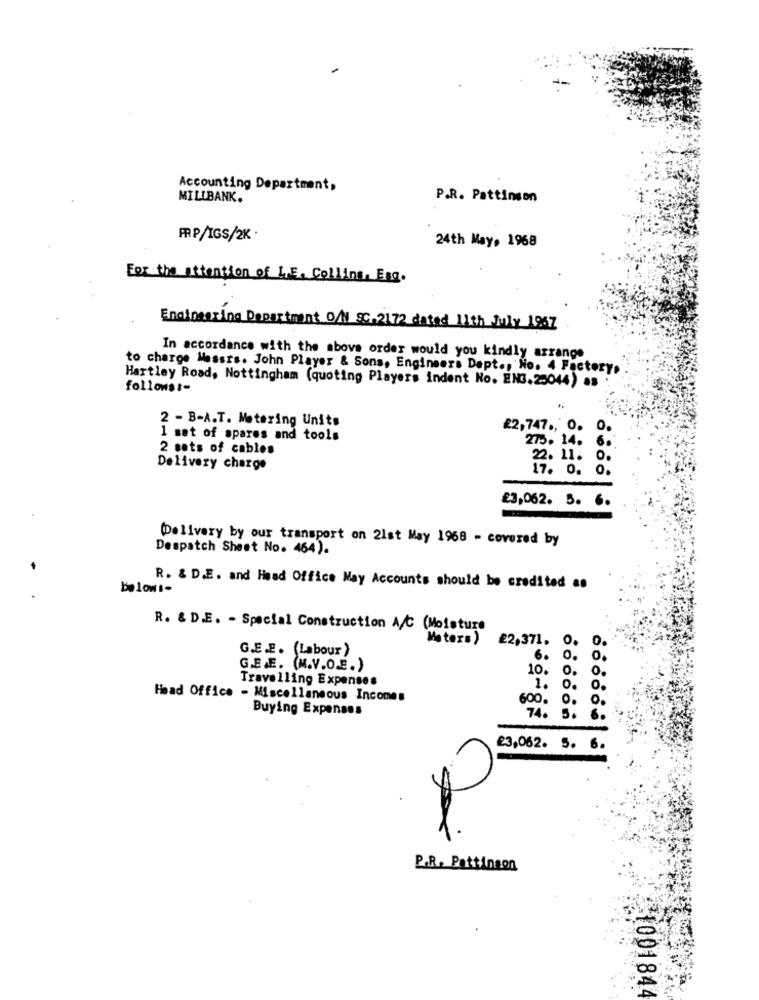
Accounting Department,
MILLBANK.
P.R. Pattinson
FRP/IGS/2K
24th May, 1968
For the attention of LE. Collins, Exg.
Engineering Department O/N Sc.2172 dated 11th July 1967
In accordance with the above order would you kindly arrange
to charge Messrs. John Player & Sons, Engineers Dept ., No. 4 Factory.
Hartley Road, Nottingham (quoting Players indent No. ENG.25044) 83
follows :-
2 - B-A.T. Metering Units
£2,747 ., 0. 0.
1 set of spares and tools
275. 14. 6.
2 sets of cables
22. 11. 0.
Delivery charge
17. 0. 0.
£3,062. 5. 6.
Delivery by our transport on 21st May 1968 - covered by
Despatch Sheet No. 464).
belows-
R. & D.E. and Head Office May Accounts should be credited as
R. & D.E. - Special Construction A/C (Moisture
Meters )
£2,371.
0.
G.E.E. (Labour )
6.
0. 0.
G.E.E. (M.V.O.E. )
10.
0.
Travelling Expenses
1.
0.
Head Office - Miscellaneous Incomes
600.
0.
0.
Buying Expenses
74.
5.
6.
23,062. 5. 6.
P.R. Pattinson
1001844